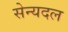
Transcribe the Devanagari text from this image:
सेन्यदल